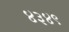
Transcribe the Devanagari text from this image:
४३४९